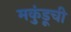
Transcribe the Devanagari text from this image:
मकुंडूची